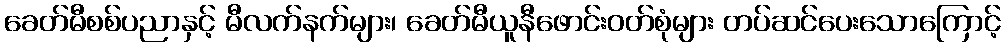
ခေတ်မီစစ်ပညာနှင့် မီလက်နက်များ၊ ခေတ်မီယူနီဖောင်းဝတ်စုံများ တပ်ဆင်ပေးသောကြောင့်